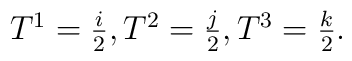
\mbox{$T^1 = \frac{i}{2}$}, \mbox{$T^2 = \frac{j}{2}$}, \mbox{$T^3 = \frac{k}{2}$}.